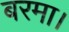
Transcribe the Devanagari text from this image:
बरमा।